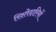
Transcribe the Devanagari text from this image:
रिश्तेदारियों